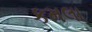
કમલા